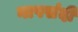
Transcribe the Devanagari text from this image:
नापसंदी